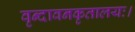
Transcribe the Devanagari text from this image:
वृन्दावनकृतालयः।